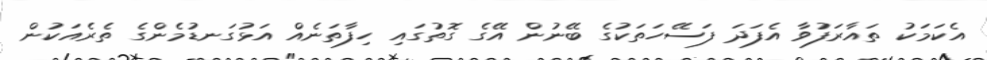
އެކަމަކު ތައާރަފުވާ އެފަދަ ފަސޭހަތަކުގެ ބޭނުން އޭގެ ގޮތުގައި ހިފާތަނެއް އަޅުގަނޑުމެންގެ ތެރެއަކުން